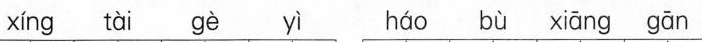
xíng tài gè yì háo bù xiāng gān